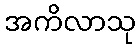
အကိလာသု